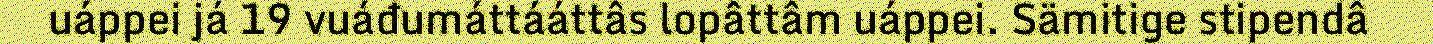
uáppei já 19 vuáđumáttááttâs lopâttâm uáppei. Sämitige stipendâ